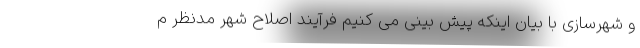
و شهرسازی با بیان اینکه پیش بینی می کنیم فرآیند اصلاح شهر مدنظر م